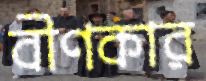
বীণকার